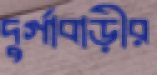
দুর্গাবাড়ীর